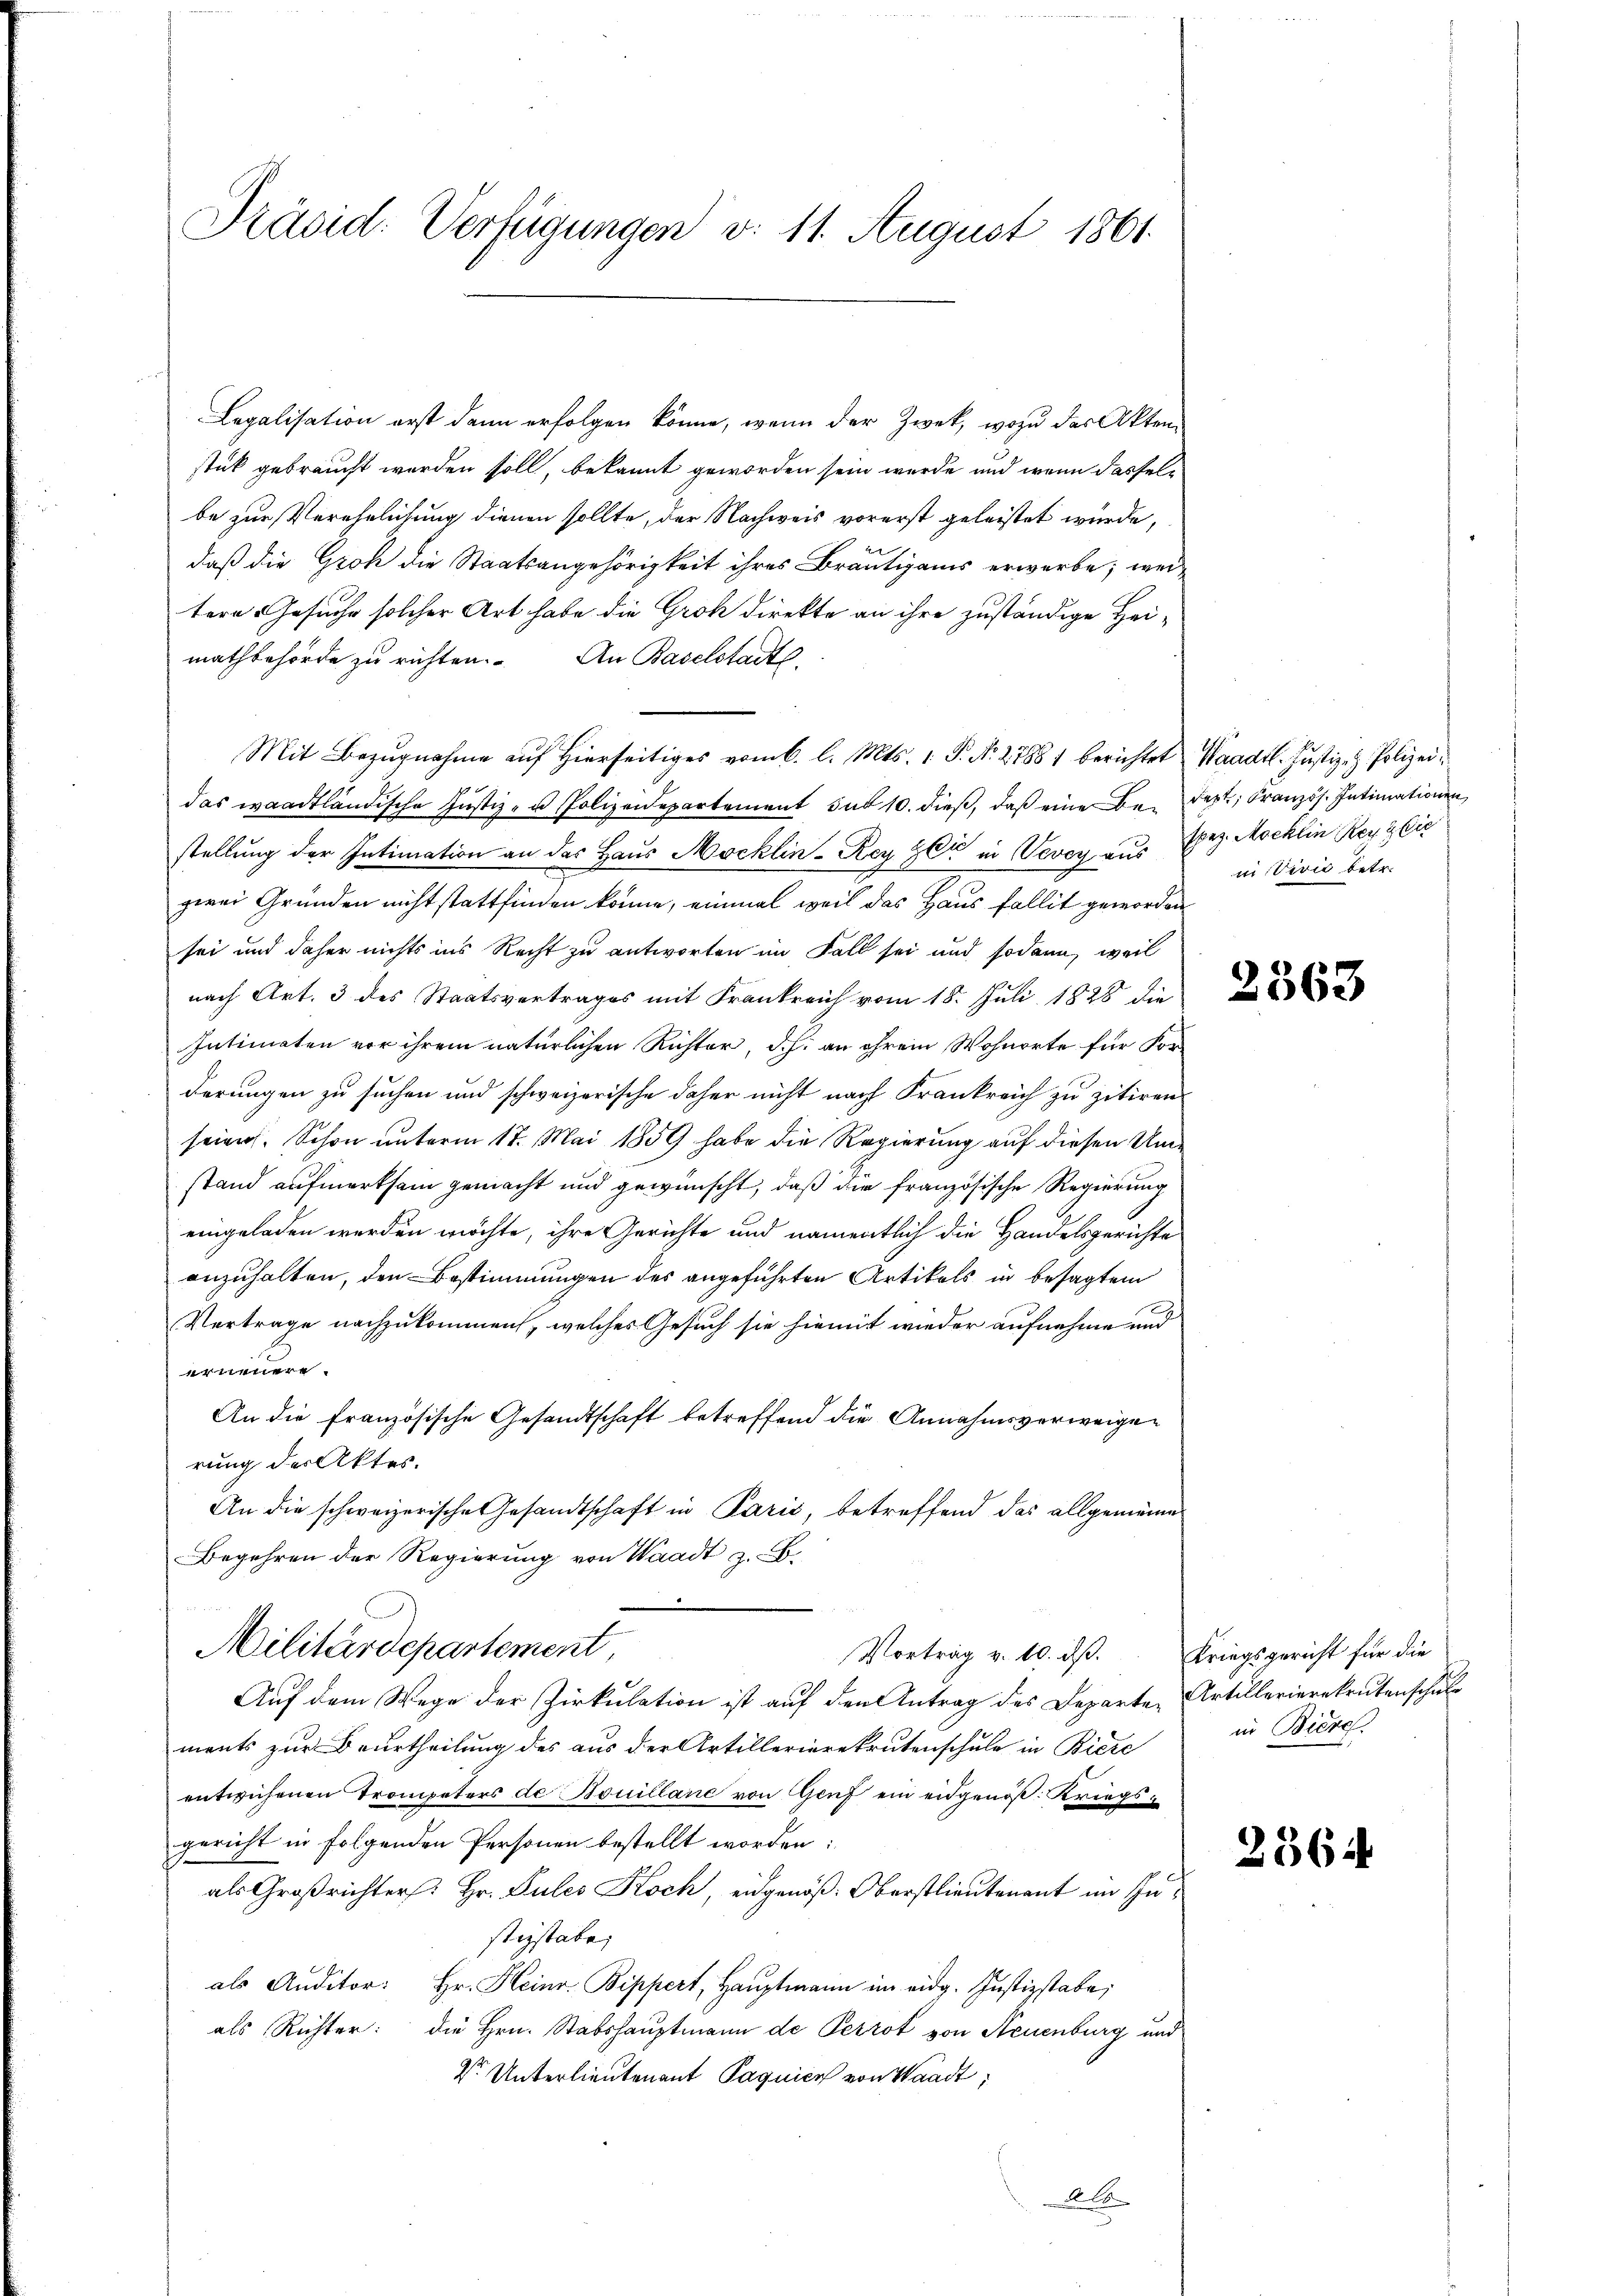
Präsid. Verfügungen v. 11. August 1861.

Legalisation erst dann erfolgen könne, wenn der Zwek, wozu des Aktenstük gebraucht worden soll, bekannt geworden sein werde, und wenn dasselbe zur Verehelichung dienen sollte, der Nachweis vorerst geleistet wurde,
daß die Groh die Staatsangehörigkeit ihres Bräutigams erwerbe; wei-
tere Gesuche solcher Art habe die Groh direkte an ihre zuständige Hei-
mathbehörde zu richten. An Baselstadtl.
Mit Bezugnahme auf Hierseitiges vom 6. l. Mts. 1 P. Nr. 27881 berichtet Waadt.Justiz- & Polizeidas waadtländische Justiz- u Polizeidepartement sub 10. dieß, daß eine Beidert, Kranzös. Intimationen,
stellung der Intimation an das Haus Möcklin-Rey Zeit in Vevey aus Bez. Mocklin Rey & Cie
zwei Gründen nicht stattfinden könne, einmal weil das Haus fallit geworden
sei und daher nichts ins Recht zu antworten im Fall sei und sodann, weil
nach Art. 3 des Staatsvertrages mit Frankreich vom 18. Juli 1828 die
Intimaten vor ihrem natürlichen Richter, d.h. an ihrem Wohnorte für Vor-
derungen zu suchen und schweizerische daher nicht nach Frankreich zu zitiren.
seiner. Schon unterm 17. Mai 1859 habe die Regierung auf diesen Umstand aufmerksam gemacht und gewünscht, daß die französische Regierung
eingeladen werden möchte, ihre Gerichte und namentlich die Handelsgerichte
anzuhalten, den Bestimmungen des angeführten Artikels in besagten
Vertrage nachzukommen, welches Gesuch sie hiemit wieder aufnehme und
erneuere
An die französische Gesandtschaft betreffend die Annahmsverweigen
rung der Aktes.
An die schweizerische Gesandtschaft in Parić, betreffend das allgemeine
Begehren der Regierung von Waadt z. B.
E
Militärdepartement,
Vortrag v. 10. ds Kriegsgericht für die
Auf dem Wege der Zirkulation ist auf den Antrag des Departe Artillerierekrutenschul
ments zur Beurtheilung des aus der Artillerierekrutenschule in Biere
entwichenen Trompeters de Bouillane von Genf ein eidgenöß: Kriegsgericht in folgenden Personen bestellt worden:
als Großrichter Hr. Pules Koch, eidgenöß: Oberstlieutenant im Insteystabe;
als Auditor: Hr. Heinr. Bippert, Hauptmann im eidg. Justizstabe;
als Richter: die Hrn. Stabshauptmann de Perrot von Steuenburg und
Dr. Unterlieutenant Paquien von Waadt,
Ale

in Vivić betr.

2363

in Biere.

2564